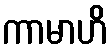
ကာမာဟိ